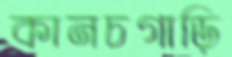
কানচগাড়ি